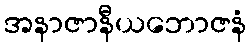
အနာဇာနီယဘောဇနံ